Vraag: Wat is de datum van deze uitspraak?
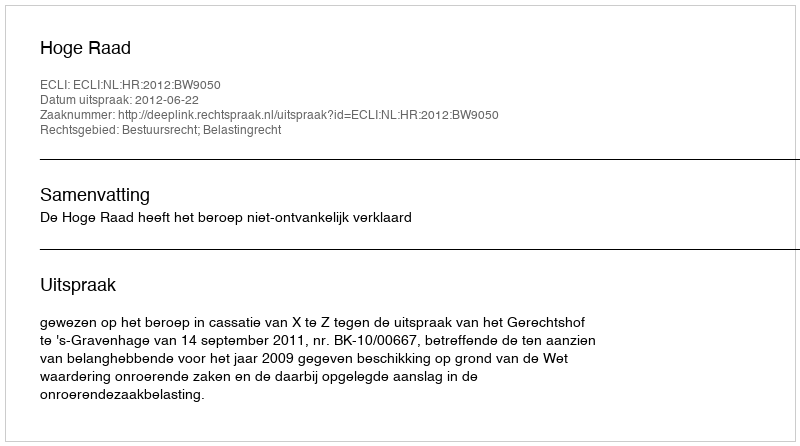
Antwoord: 2012-06-22